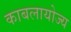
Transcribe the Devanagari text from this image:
काबलायोज्य